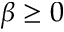
\beta \geq 0